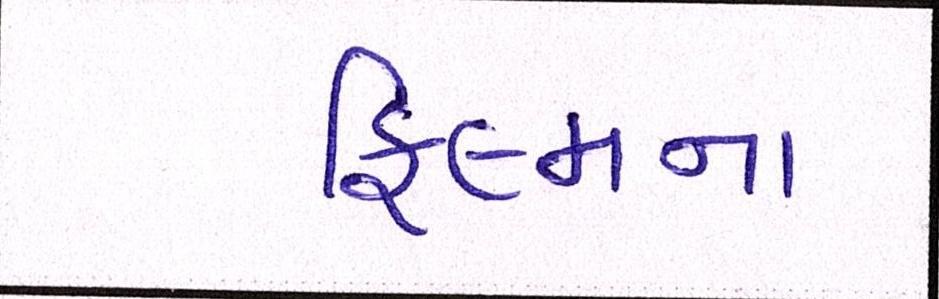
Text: ફિલ્મના